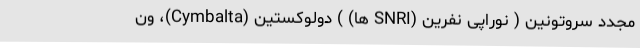
مجدد سروتونین ( نوراپی نفرین (SNRI ها) ) دولوکستین (Cymbalta)، ون